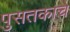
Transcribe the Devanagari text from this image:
पुसतकाचे